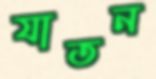
যাতন